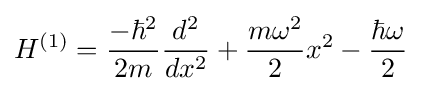
H^{(1)}={\frac {-\hbar ^{2}}{2m}}{\frac {d^{2}}{dx^{2}}}+{\frac {m\omega ^{2}}{2}}x^{2}-{\frac {\hbar \omega }{2}}